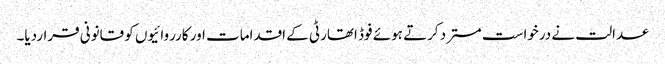
عدالت نے درخواست مسترد کرتے ہوئے فوڈ اتھارٹی کے اقدامات اور کارروائیوں کو قانونی قراردیا۔